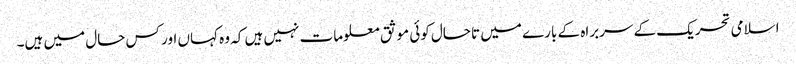
اسلامی تحریک کے سربراہ کے بارے میں تاحال کوئی موثق معلومات نہیں ہیں کہ وہ کہاں اور کس حال میں ہیں۔